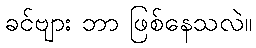
ခင်ဗျား ဘာ ဖြစ်နေသလဲ။